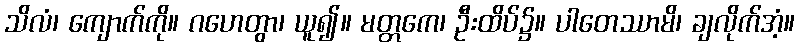
သိလံ၊ ကျောက်ကို။ ဂဟေတွာ၊ ယူ၍။ မတ္တကေ၊ ဦးထိပ်၌။ ပါတေဿာမိ၊ ချလိုက်အံ့။